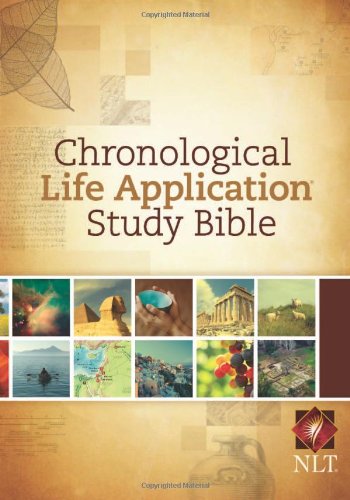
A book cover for Chronological Life Application Study Bible NLT; Christian Books & Bibles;